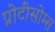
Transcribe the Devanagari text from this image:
प्रोटीसोम्स